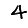
Digit: 4